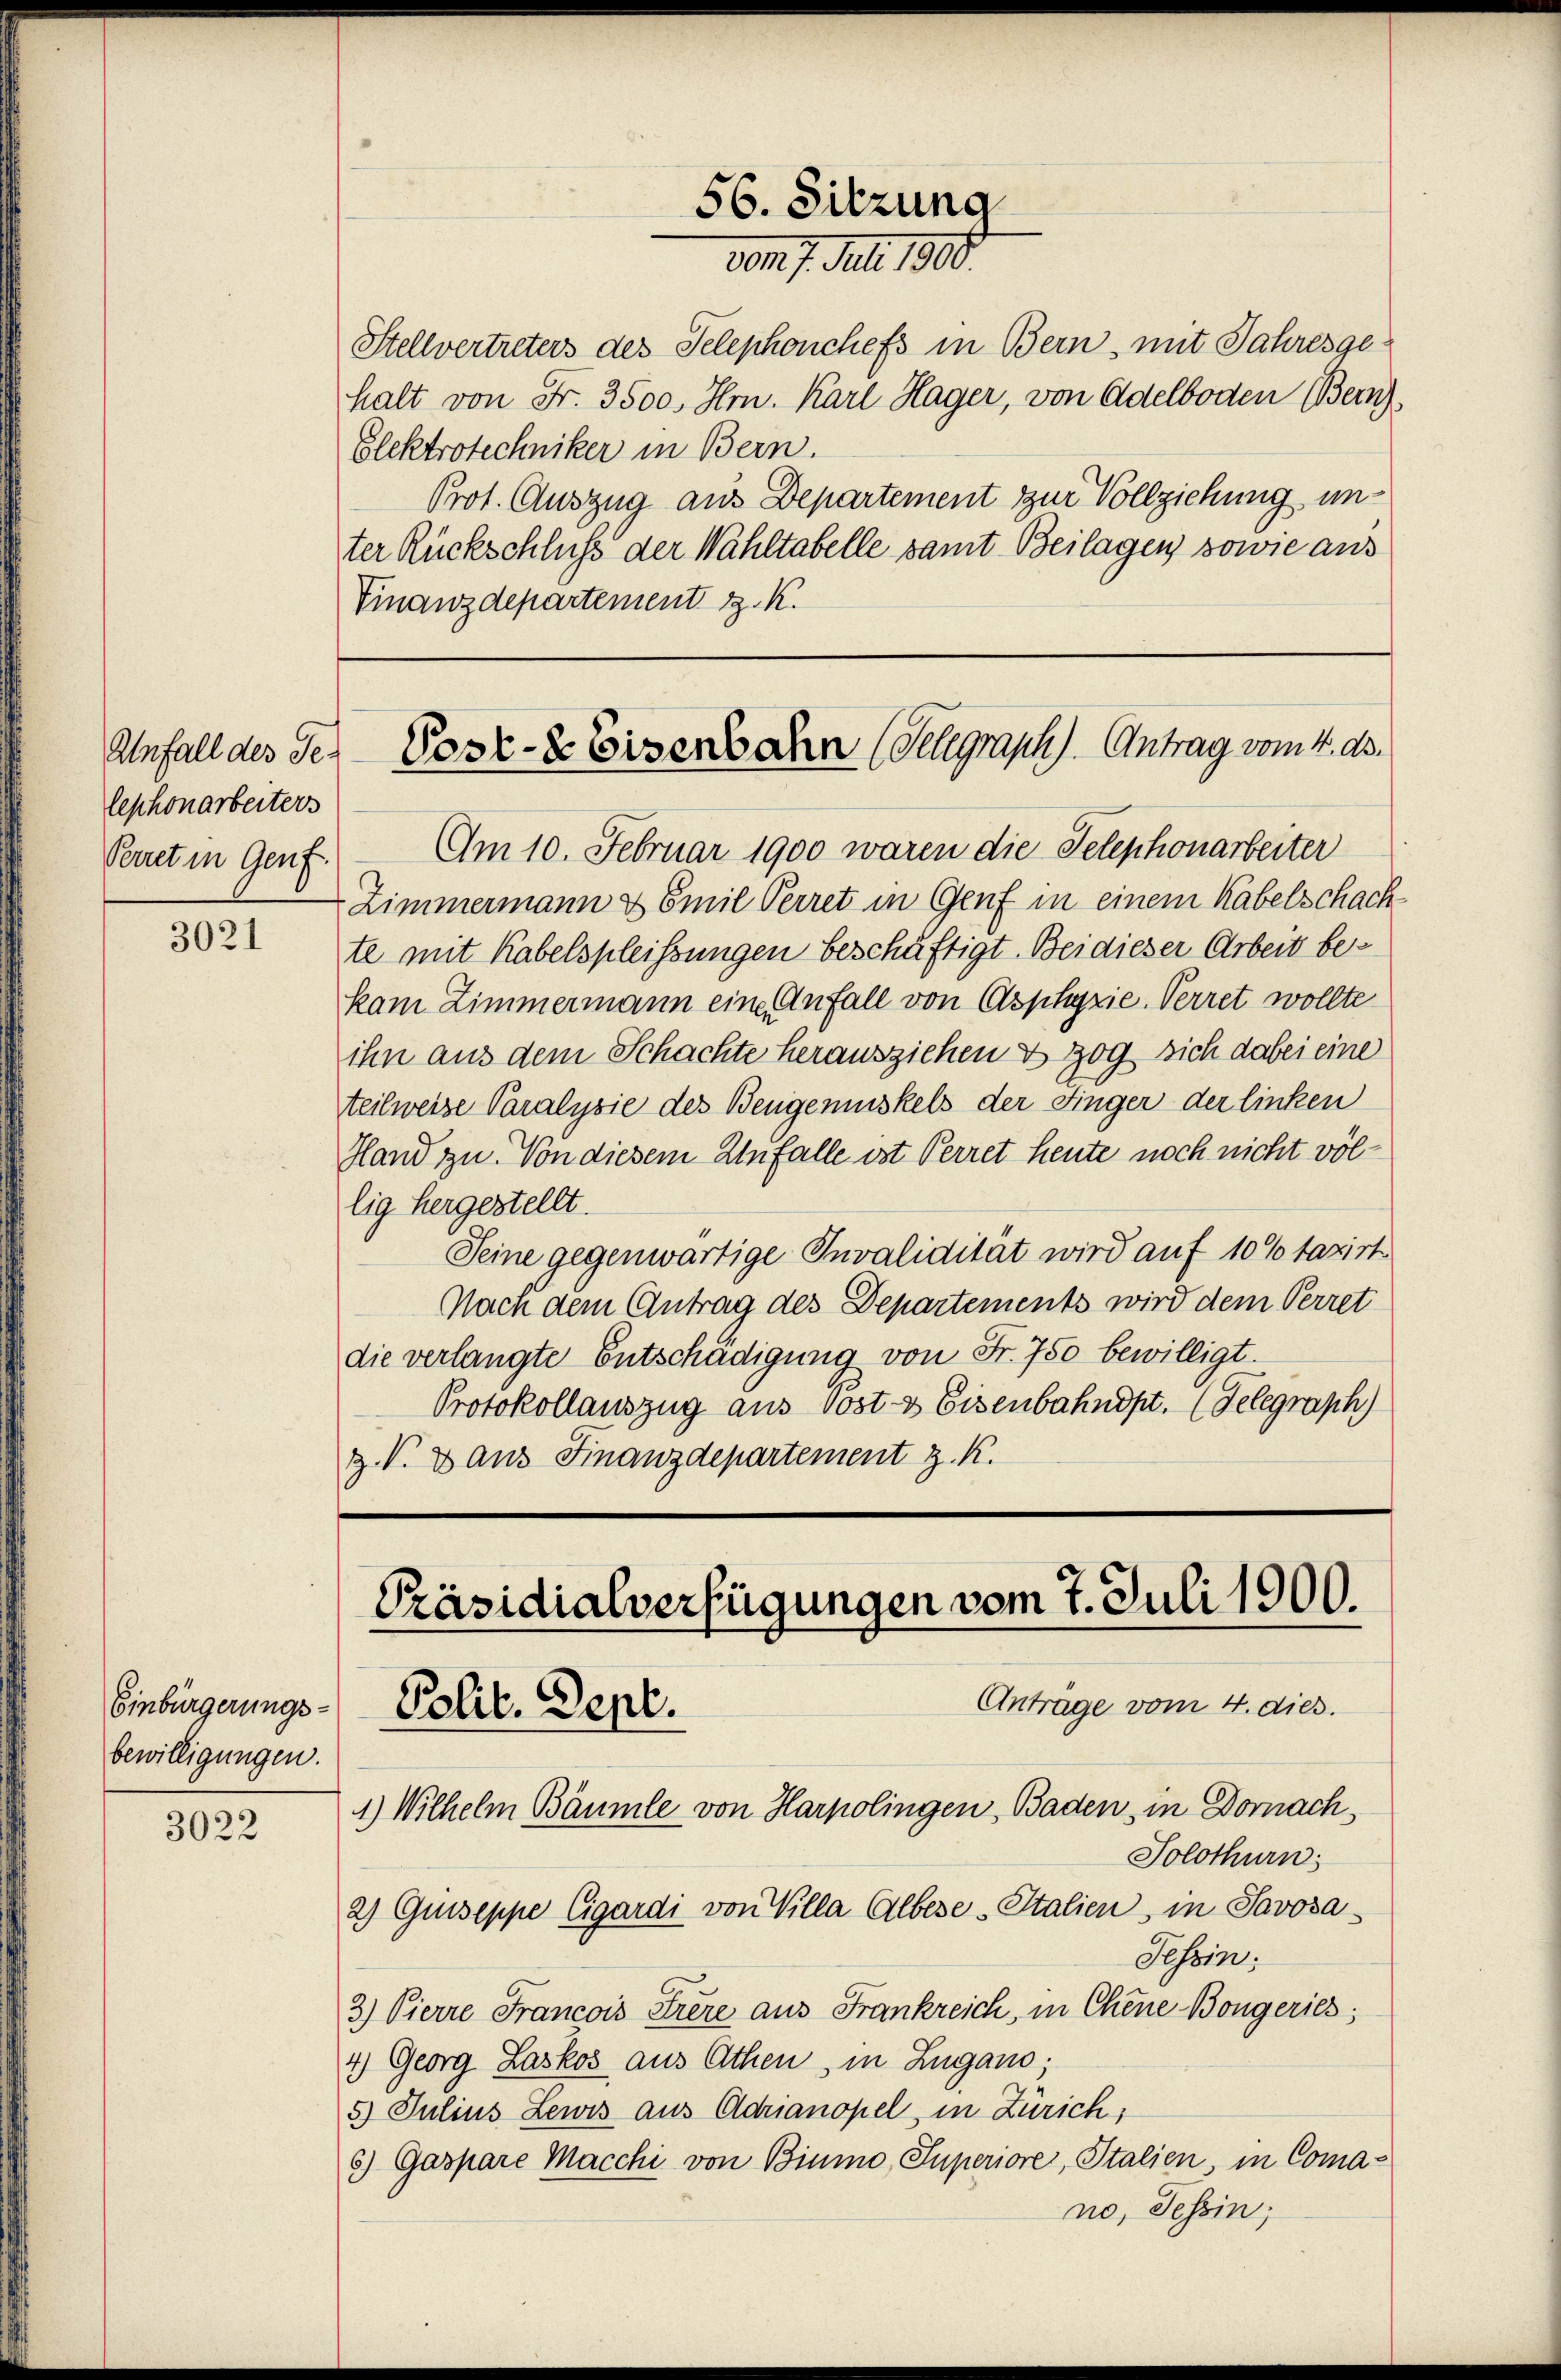
lephonarbeiters
Perret in Genf.

3021

Einbürgerungsbewilligungen.

3022

56. Sitzung
vom 7. Juli 1908.

Stellvertreters des Telephonchefs in Bern, mit Jahresgehalt von Fr. 3500. Hrn. Karl Hager, von Adelboden Bern)
Glektrotechniker in Bern.
Prot. Auszug aus Departement zur Vollziehung unter Rückschluß der Wahltabelle samt Beilagen, sowie aus
Finanzdepartement z. K.

Anfall des der Post- & Eisenbahn (Telegraph). Antrag vom 4. ds.

Am 10. Februar 1900 waren die Telephonarbeiter
Zimmermann & Emil Perret in Genf in einem Kabelschachte mit Kabelspleissungen beschäftigt. Bei dieser Arbeit bekam Zimmermann eine Anfall von Asphyrie. Perret wollte
ihn aus dem Schachte herausziehen & zog sich dabei eine
teilweise Paralysie des Bengemuskels der Finger der linken
Hland zu. Von diesem Unfalle ist Perret heute noch nicht völlig hergestellt.
Seine gegenwärtige Invalidität wird auf 10 % taxirt
Nach dem Antrag des Departements wird dem Perret
die verlangte Entschädigung von Fr. 750 bewilligt.
Protokollauszug aus Post & Eisenbahndpt. (Telegraph)
z. V. Dans Finanzdepartement z. K.

Präsidialverfügungen vom 7. Juli 1900.
Antrage vom 4. dies.
Polit. Sept.

Solothurn
2) Guiseppe Cigardi von Villa Albese-Italien, in Savosa¬
Tessin:
3.) Pierre Francois Frère aus Frankreich, in Chene Bongeries;
4) Georg Laskos aus Athen, in Zugano,
5) Julius Lewis aus Adrianopel, in Zürich;
c) Gaspare Macchi von Binmo, Superiore, Italien, in Coma-
no, Tessin;

1.) Wilhelm Bäumle von Harpolingen, Baden in Dornach,